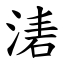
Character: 湱